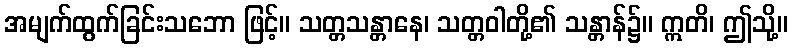
အမျက်ထွက်ခြင်းသဘော ဖြင့်။ သတ္တသန္တာနေ၊ သတ္တဝါတို့၏ သန္တာန်၌။ ဣတိ၊ ဤသို့။